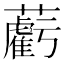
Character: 𧃷